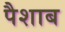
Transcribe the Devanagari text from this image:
पैशाब